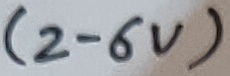
Text: (2-6V)